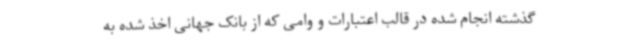
گذشته انجام شده در قالب اعتبارات و وامی که از بانک جهانی اخذ شده به